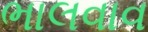
ભાલવાવ